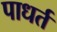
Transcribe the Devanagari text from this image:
पाधर्त